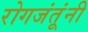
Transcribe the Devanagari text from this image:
रोगजंतूंनी